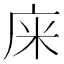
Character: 𢈍